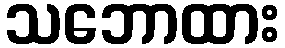
သဘောထား